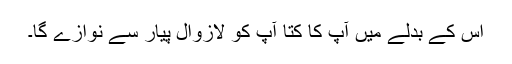
اس کے بدلے میں آپ کا کتا آپ کو لازوال پیار سے نوازے گا۔